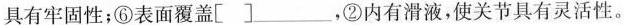
具有牢固性；⑥表面覆盖[ ]___，②内有滑液，使关节具有灵活性。